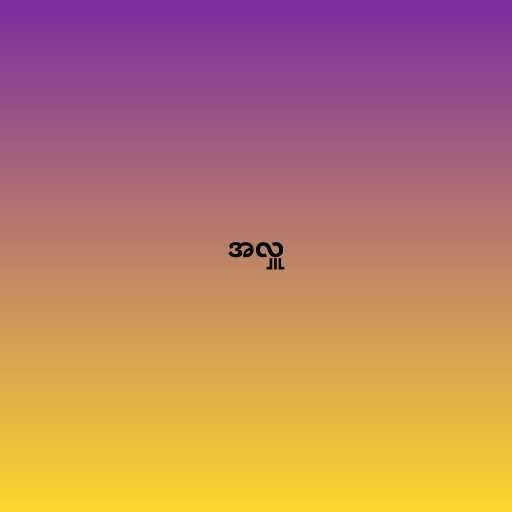
အလှူ